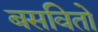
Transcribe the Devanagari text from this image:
बसवितो